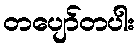
တပျော်တပါး